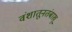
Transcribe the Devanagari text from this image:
वंशातूनतंबाखू